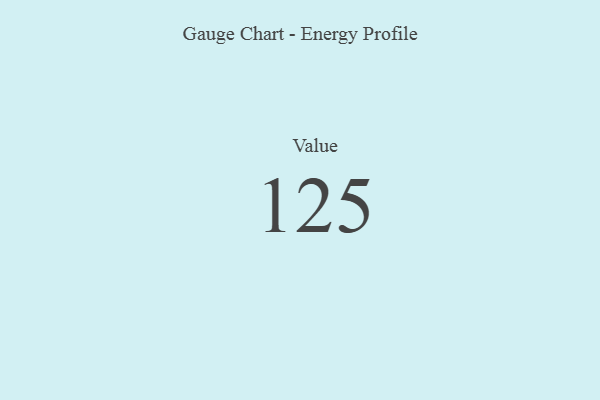
{"axis": {"x": "Metric", "y": "Value"}, "legend": [""], "data": [{"x": "Value", "y": 125, "type": ""}]}